Trukikaitis_Postimees, lk 45
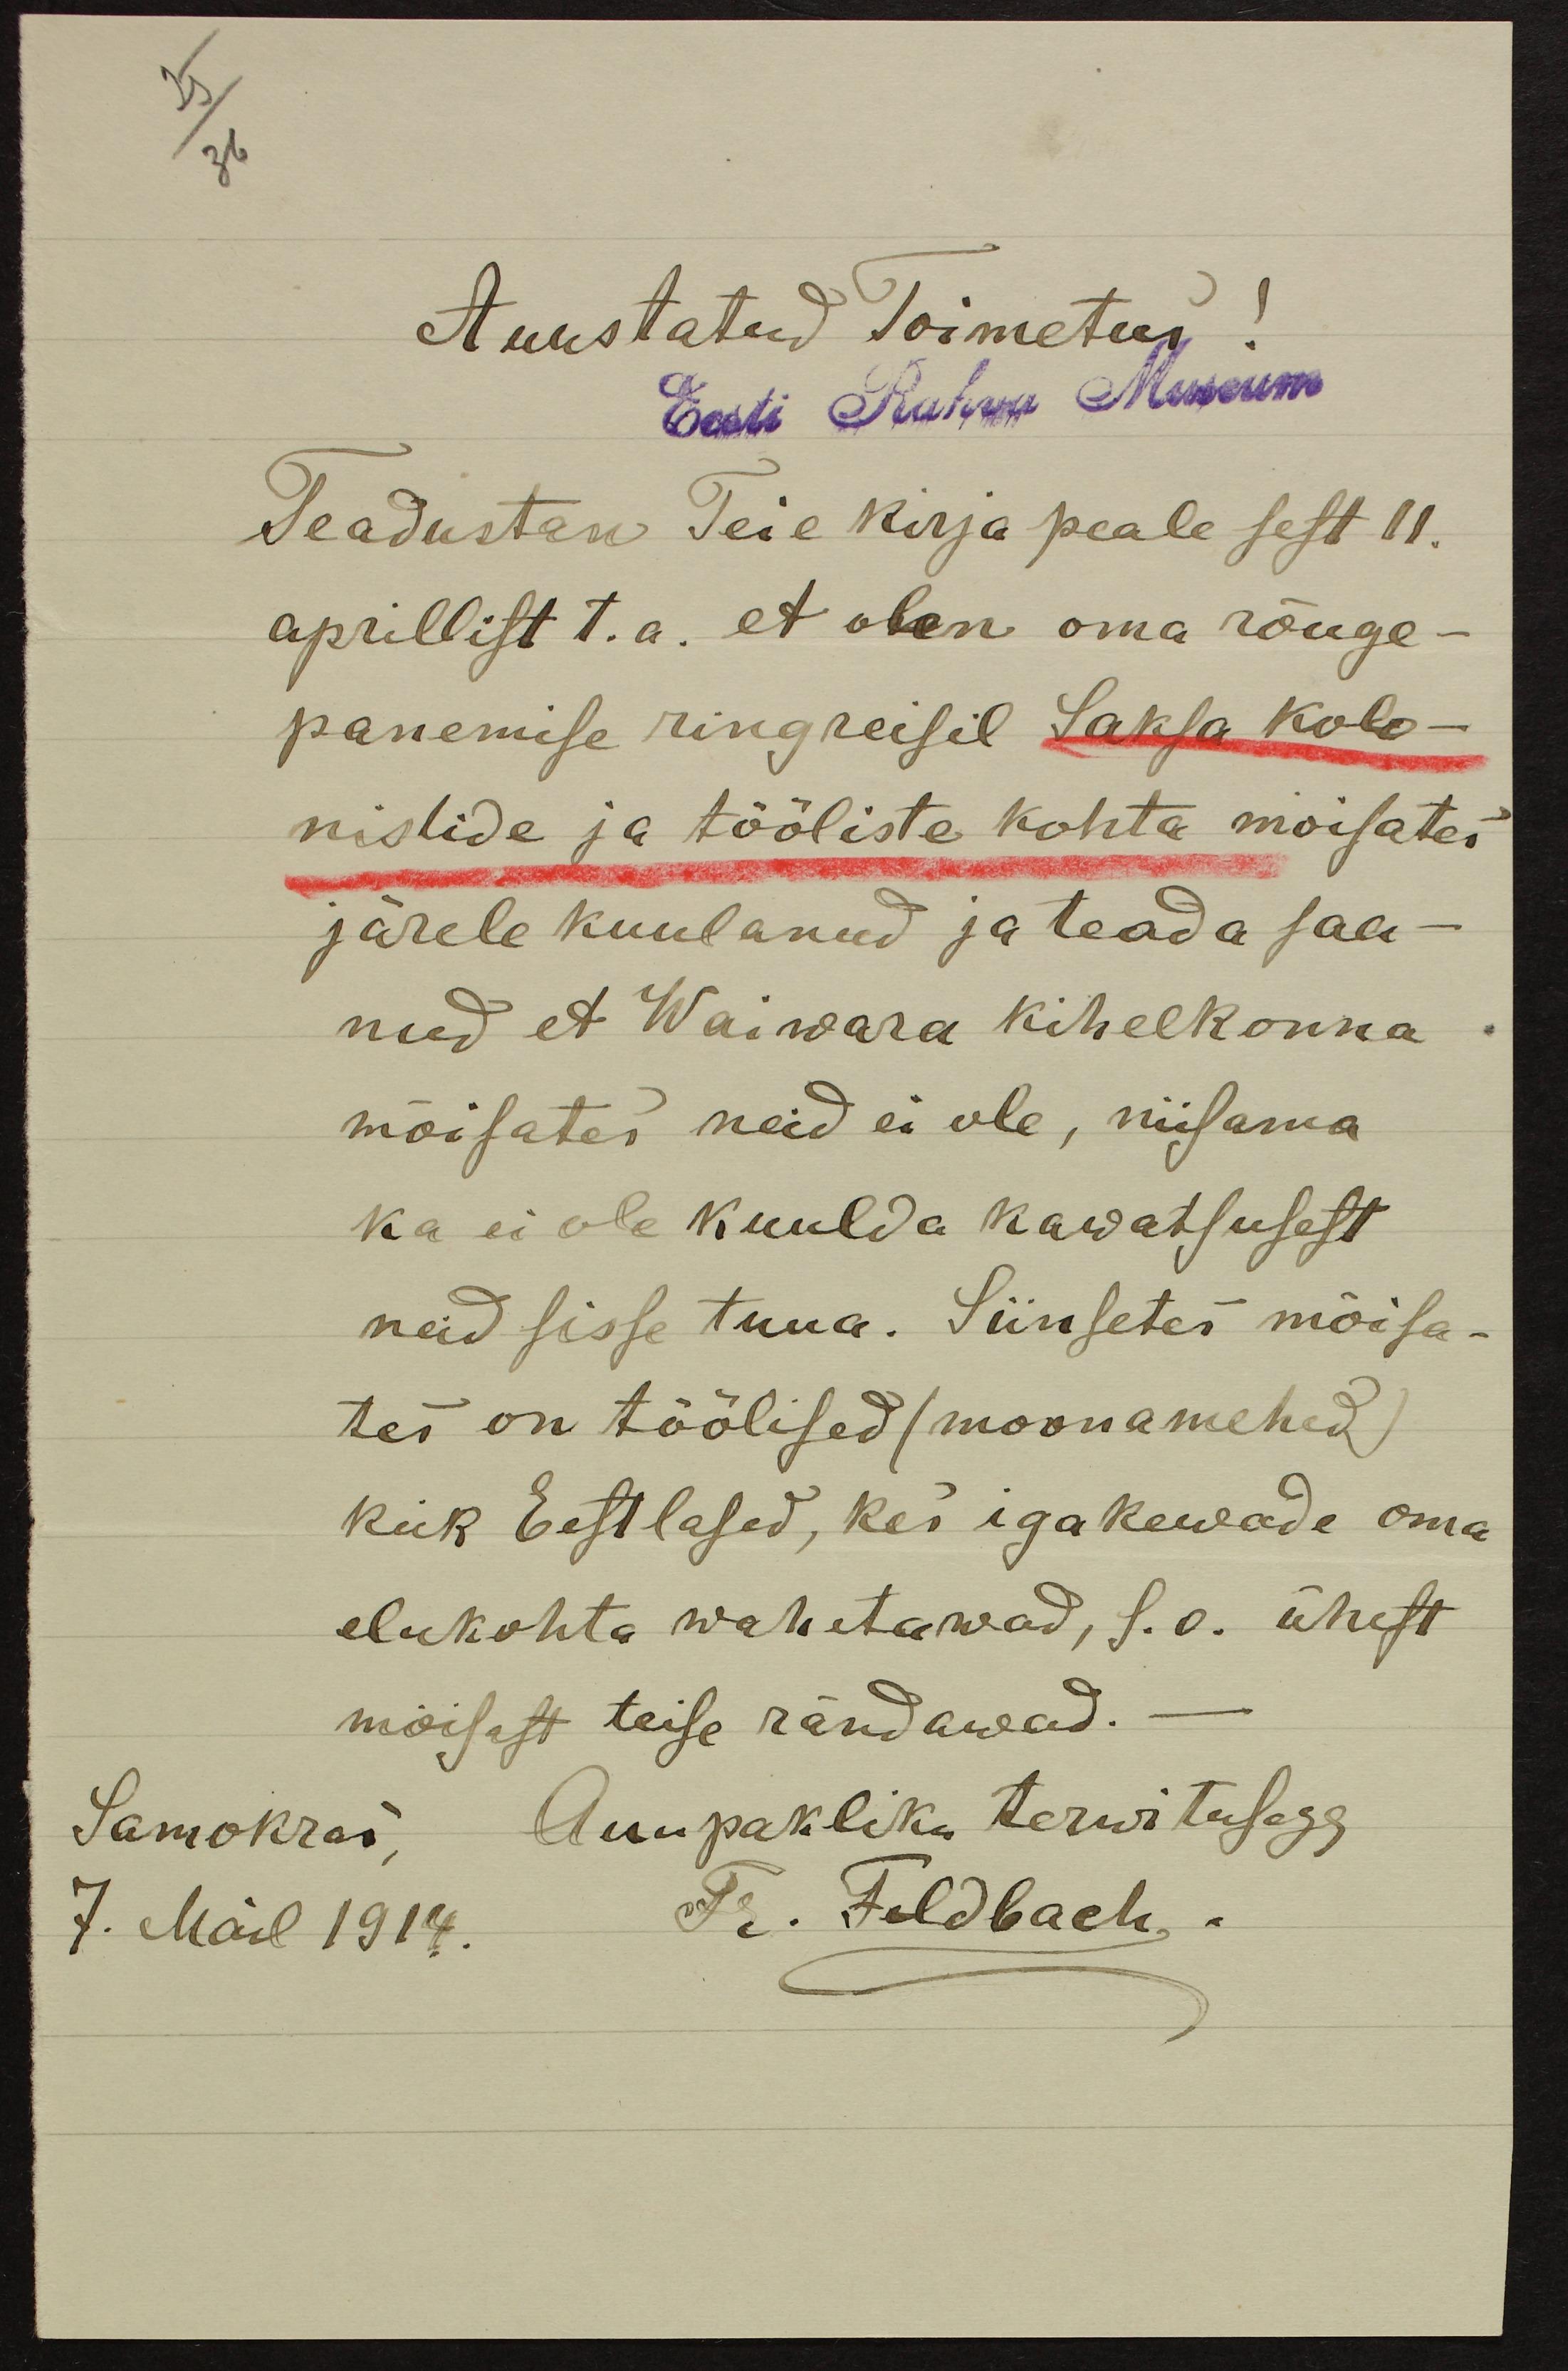
25
36
Auustatud Toimetus!
Eesti Rahva Museum
Teadustan Teie kirja peale sest 11.
aprillist t.a. et olen oma rõuge-
panemise ringreisil Saksa kolo-
nistide ja tööliste kohta moisates
järele kuulanud ja teada saa-
nud et Waiwara kihelkonna
mõisates neid ei ole, niisama
ka ei ole kuulda kawatsusest
neid sisse tuua. Siinsetes mõisa-
tes on töölised (moonamehed)
keik Eestlased, kes iga kewade oma
elukohta wahetawad, s.o. ühest
mõisast teise rändawad. -
Samokrai, Auupakliku terwitusega
7. Mail 1914.
Fr. Feldbach.